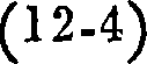
(12-4)